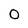
Character: 0